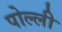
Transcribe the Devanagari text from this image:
पोल्ली